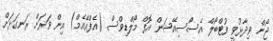
ޖޯން ވިދާޅުވީ ފުޓްބޯލް އެސޯސިއޭޝަން އޮފް މޯލްޑިވްސް (އެފްއޭއެމް) އިން ވަރަށް ރަނގަޅަށް